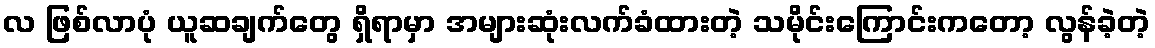
လ ဖြစ်လာပုံ ယူဆချက်တွေ ရှိရာမှာ အများဆုံးလက်ခံထားတဲ့ သမိုင်းကြောင်းကတော့ လွန်ခဲ့တဲ့